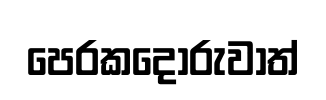
පෙරකදෝරුවාත්